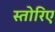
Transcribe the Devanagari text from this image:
स्तोरिए